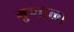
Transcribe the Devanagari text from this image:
गुणाला